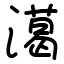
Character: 㵧